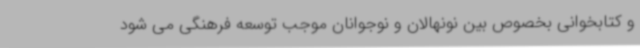
و کتابخوانی بخصوص بین نونهالان و نوجوانان موجب توسعه فرهنگی می شود